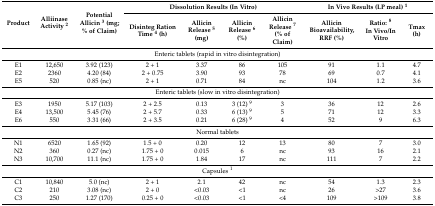
| <ROWSPAN=2> Product | <ROWSPAN=2> Alliinase Activity 2 | <ROWSPAN=2> Potential Allicin 3 (mg; % of Claim) | <COLSPAN=4> Dissolution Results (In Vitro) | <COLSPAN=3> In Vivo Results (LP meal) 1 |
 | Disinteg Ration Time 4 (h) | Allicin Release 5 (mg) | Allicin Release 6 (%) | Allicin Release 7 (% of Claim) | Allicin Bioavailability, RRF (%) | Ratio: 8In Vivo/In Vitro | Tmax (h) |
 | --- | --- | --- | --- | --- | --- | --- | --- | --- | --- |
 | <COLSPAN=10> Enteric tablets (rapid in vitro disintegration) |
 | E1 | 12,650 | 3.92 (123) | 2 + 1 | 3.37 | 86 | 105 | 91 | 1.1 | 4.7 |
 | E2 | 2360 | 4.20 (84) | 2 + 0.75 | 3.90 | 93 | 78 | 69 | 0.7 | 4.1 |
 | E5 | 520 | 0.85 (nc) | 2 + 1 | 0.71 | 84 | nc | 104 | 1.2 | 3.6 |
 | <COLSPAN=10> Enteric tablets (slow in vitro disintegration) |
 | E3 | 1950 | 5.17 (103) | 2 + 2.5 | 0.13 | 3 (12) 9 | 3 | 36 | 12 | 2.6 |
 | E4 | 13,500 | 5.45 (76) | 2 + 5.7 | 0.33 | 6 (13) 9 | 5 | 71 | 12 | 3.3 |
 | E6 | 550 | 3.31 (66) | 2 + 3.5 | 0.21 | 6 (28) 9 | 4 | 52 | 9 | 6.3 |
 | <COLSPAN=10> Normal tablets |
 | N1 | 6520 | 1.65 (92) | 1.5 + 0 | 0.20 | 12 | 13 | 80 | 7 | 3.0 |
 | N2 | 360 | 0.27 (nc) | 1.75 + 0 | 0.015 | 6 | nc | 93 | 16 | 2.1 |
 | N3 | 10,700 | 11.1 (nc) | 1.75 + 0 | 1.84 | 17 | nc | 111 | 7 | 2.2 |
 | <COLSPAN=10> Capsules 1 |
 | C1 | 10,840 | 5.0 (nc) | 2 + 1 | 2.1 | 42 | nc | 54 | 1.3 | 2.3 |
 | C2 | 210 | 3.08 (nc) | 2 + 0 | <0.03 | <1 | nc | 26 | >27 | 3.6 |
 | C3 | 250 | 1.27 (170) | 0.25 + 0 | <0.03 | <1 | <4 | 109 | >109 | 3.8 |